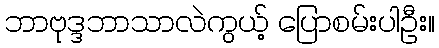
ဘာဗုဒ္ဒဘာသာလဲကွယ့် ပြောစမ်းပါဦး။